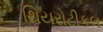
થિયરોટીકલ